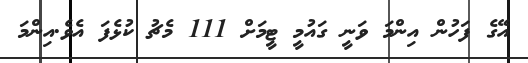
އޭގެ ފަހުން އިންމަ ވަނީ ގައުމީ ޓީމަށް 111 މެޗު ކުޅެފަ އެވެ.އިންމަ